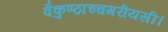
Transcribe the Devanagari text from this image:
वैकुण्ठाच्चगरीयसी।